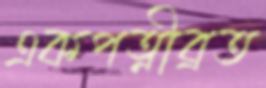
একপত্নীব্রত